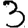
Digit: 3